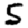
Digit: 5